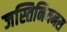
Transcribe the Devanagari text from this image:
जस्तिनियनस